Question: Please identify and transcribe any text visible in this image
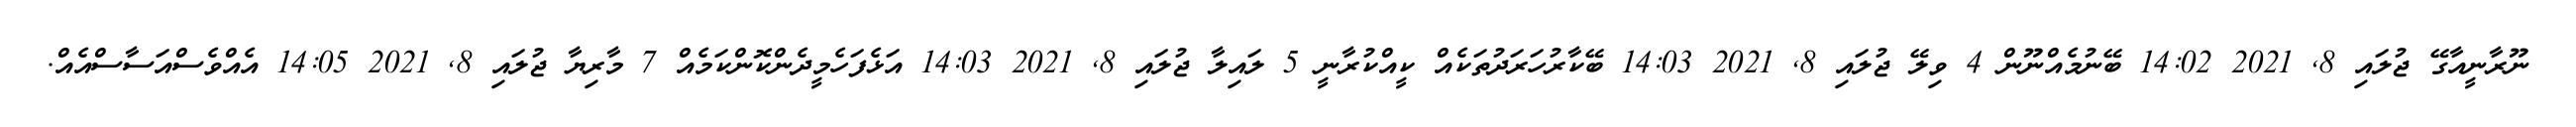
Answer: ނޫރާނީއާގޭ ޖުލައި 8, 2021 14:02 ބޭނުމެއްނޫން 4 ވިލޭ ޖުލައި 8, 2021 14:03 ބޭކާރުހަރަދުތަކެއް ކީއްކުރާނީ 5 ލައިލާ ޖުލައި 8, 2021 14:03 އަޅެފަހެމީދެންކޮންކަމެއް 7 މާރިޔާ ޖުލައި 8, 2021 14:05 އެއްވެސްއަސާސްއެއް.